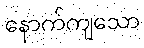
နောက်ကျသော